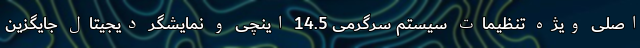
اصلی ویژه تنظیمات سیستم سرگرمی 14.5 اینچی و نمایشگر دیجیتال جایگزین